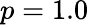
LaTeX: p=1.0